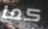
كما